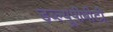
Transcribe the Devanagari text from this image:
डब्ल्यूपीबीटी